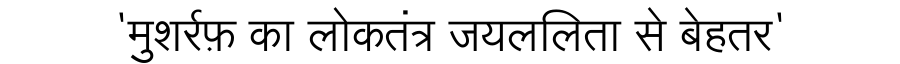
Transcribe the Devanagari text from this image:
'मुशर्रफ़ का लोकतंत्र जयललिता से बेहतर'